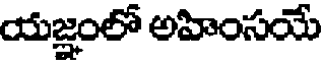
యజ్ఞంలో అహింసయే